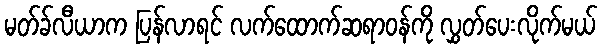
မတ်ခ်လီယာက ပြန်လာရင် လက်ထောက်ဆရာဝန်ကို လွှတ်ပေးလိုက်မယ်